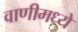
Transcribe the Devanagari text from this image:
वाणीमध्ये